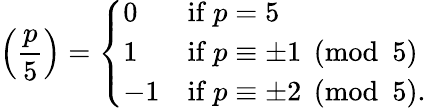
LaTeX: \left({\frac{p}{5}}\right)={\left\{ \begin{array}{ll}{0}&{{\mathrm{if~}}p=5}\\ {1}&{{\mathrm{if~}}p\equiv\pm 1{\pmod{5}}}\\ {-1}&{{\mathrm{if~}}p\equiv\pm 2{\pmod{5}}.}\end{array}\right.}